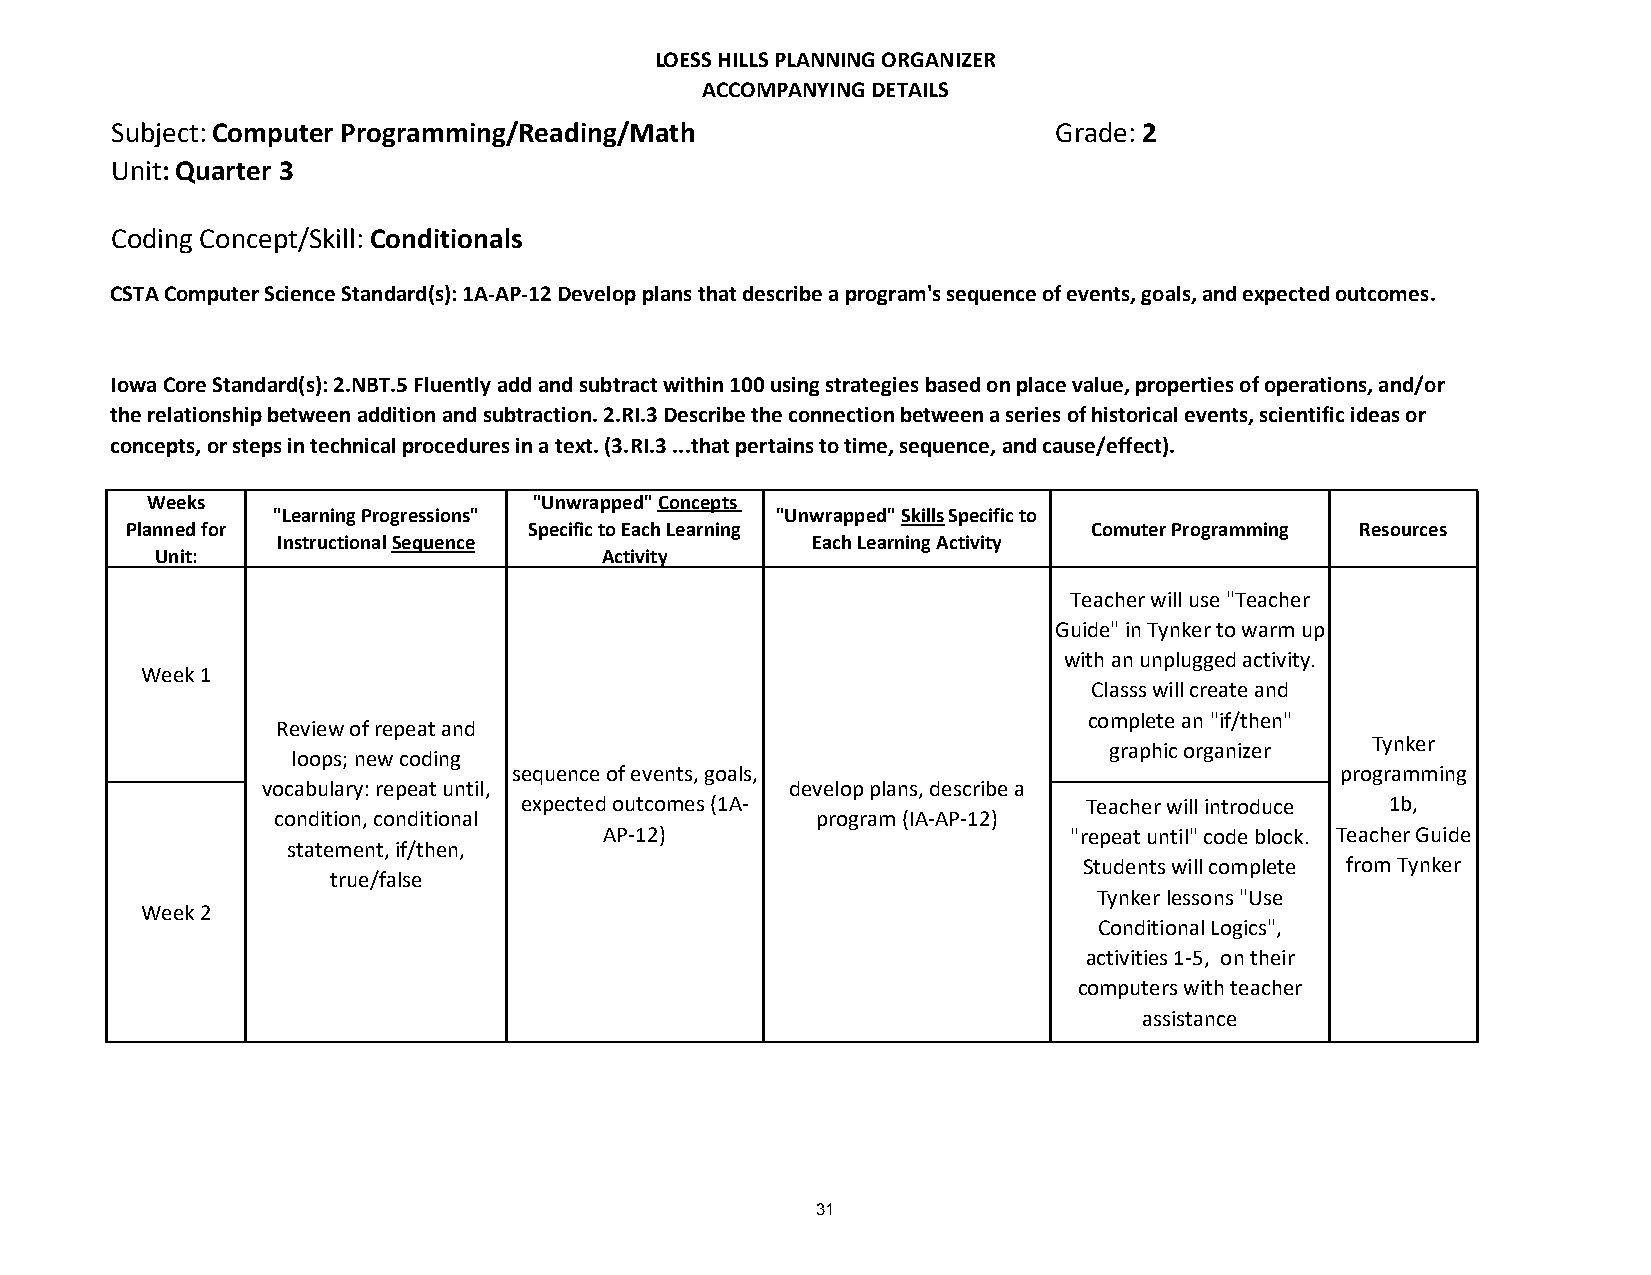
LOESS HILLS PLANNING ORGANIZER
 ACCOMPANYING DETAILS
 Subject: Computer Programming/Reading/Math                     Grade: 2
 Unit: Quarter 3
 Coding Concept/Skill: Conditionals
 CSTA Computer Science Standard(s): 1A-AP-12 Develop plans that describe a program's sequence of events, goals, and expected outcomes.
 Iowa Core Standard(s): 2.NBT.5 Fluently add and subtract within 100 using strategies based on place value, properties of operations, and/or
 the relationship between addition and subtraction. 2.RI.3 Describe the connection between a series of historical events, scientific ideas or
 concepts, or steps in technical procedures in a text. (3.RI.3 ...that pertains to time, sequence, and cause/effect).
 Weeks                    "Unwrapped" Concepts
 "Learning Progressions"          "Unwrapped" Skills Specific to
 Planned for                Specific to Each Learning            Comuter Programming Resources
 Instructional Sequence              Each Learning Activity
 Unit:                         Activity
 Teacher will use "Teacher
 Guide" in Tynker to warm up
 with an unplugged activity.
 Week 1
 Classs will create and
 complete an "if/then"
 Review of repeat and
 Tynker
 graphic organizer
 loops; new coding
 sequence of events, goals,                             programming
 vocabulary: repeat until,          develop plans, describe a
 expected outcomes (1A-                Teacher will introduce 1b,
 condition, conditional              program (IA-AP-12)
 AP-12)                         "repeat until" code block. Teacher Guide
 statement, if/then,
 Students will complete from Tynker
 true/false
 Tynker lessons "Use
 Week 2
 Conditional Logics",
 activities 1-5, on their
 computers with teacher
 assistance
 31